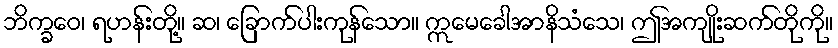
ဘိက္ခဝေ၊ ရဟန်းတို့။ ဆ၊ ခြောက်ပါးကုန်သော။ ဣမေခေါအာနိသံသေ၊ ဤအကျိုးဆက်တိုကို။